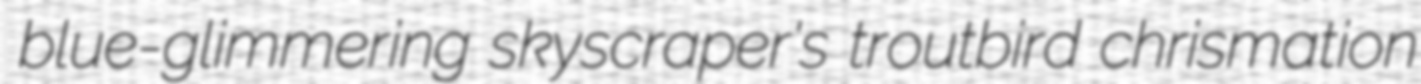
blue-glimmering skyscraper's troutbird chrismation